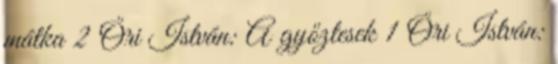
mátka 2 Őri István: A győztesek 1 Őri István: